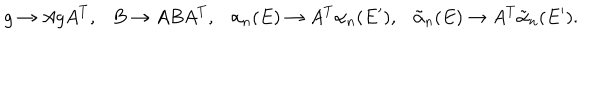
LaTeX: g \to A g A ^ { T } , \ \ \ B \to A B A ^ { T } , \ \ \ \alpha _ { n } ( E ) \to A ^ { T } \alpha _ { n } ( E ^ { \prime } ) , \ \ \ \tilde { \alpha } _ { n } ( E ) \to A ^ { T } \tilde { \alpha } _ { n } ( E ^ { \prime } ) .